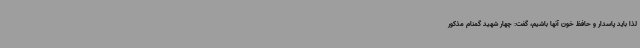
لذا باید پاسدار و حافظ خون آنها باشیم، گفت: چهار شهید گمنام مذکور